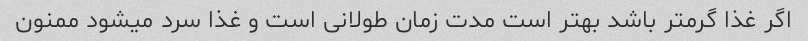
اگر غذا گرمتر باشد بهتر است مدت زمان طولانی است و غذا سرد میشود ممنون